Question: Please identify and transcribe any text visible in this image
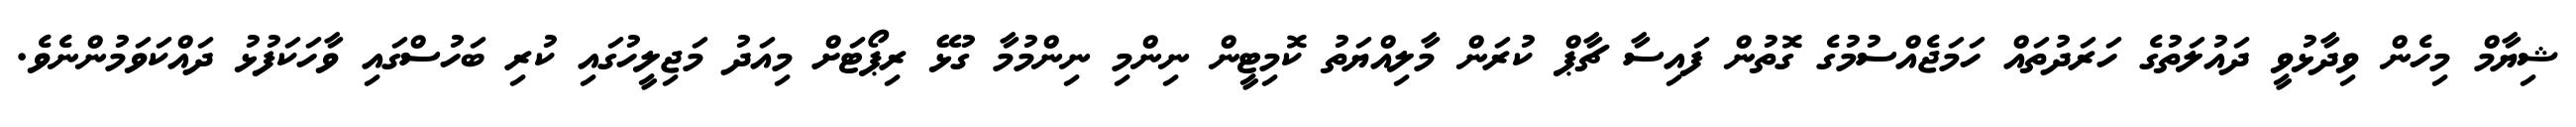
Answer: ޝިޔާމް މިހެން ވިދާޅުވީ ދައުލަތުގެ ހަރަދުތައް ހަމަޖެއްސުމުގެ ގޮތުން ފައިސާ ޗާޕް ކުރަން މާލިއްޔަތު ކޮމިޓީން ނިންމި ނިންމުމާ ގުޅޭ ރިޕޯޓަށް މިއަދު މަޖިލީހުގައި ކުރި ބަހުސްގައި ވާހަކަފުޅު ދައްކަވަމުންނެވެ.